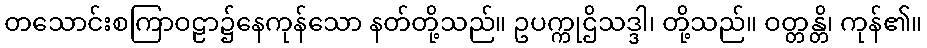
တသောင်းစကြာဝဠာ၌နေကုန်သော နတ်တို့သည်။ ဥပက္ကုဌိသဒ္ဒါ၊ တို့သည်။ ဝတ္တန္တိ၊ ကုန်၏။